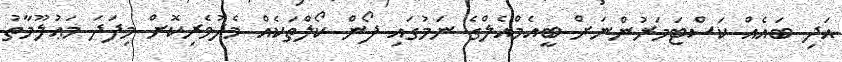
އަދި ބައެއް ކަސްޓަމަރުންނަށް ބީއެމްއެލްގެ ނަމުގައި ފޯން ކޯލްތަކެއް މެދުވެރިކޮށް މިފަދަ މަޢުލޫމާތު